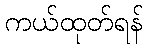
ကယ်ထုတ်ရန်